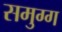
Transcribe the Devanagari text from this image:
समुग्ग